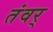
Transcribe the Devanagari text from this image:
तंवर्